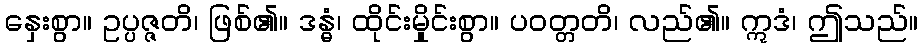
နှေးစွာ။ ဥပ္ပဇ္ဇတိ၊ ဖြစ်၏။ ဒန္ဓံ၊ ထိုင်းမှိုင်းစွာ။ ပဝတ္တတိ၊ လည်၏။ ဣဒံ၊ ဤသည်။